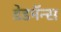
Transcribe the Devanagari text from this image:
डेडमॅन्स